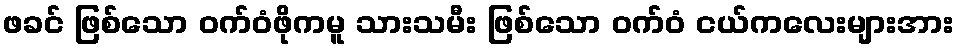
ဖခင် ဖြစ်သော ဝက်ဝံဖိုကမူ သားသမီး ဖြစ်သော ဝက်ဝံ ငယ်ကလေးများအား